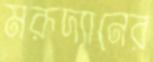
মরূদ্যানের